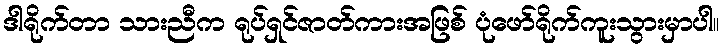
ဒါရိုက်တာ သားညီက ရုပ်ရှင်ဇာတ်ကားအဖြစ် ပုံဖော်ရိုက်ကူးသွားမှာပါ။